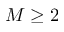
M \geq 2